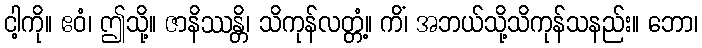
ငါ့ကို။ ဧဝံ၊ ဤသို့။ ဇာနိဿန္တိ၊ သိကုန်လတ္တံ့။ ကိံ၊ အဘယ်သို့သိကုန်သနည်း။ ဘော၊